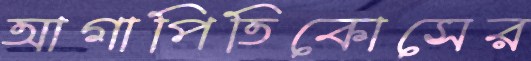
আগাপিতিকোসের